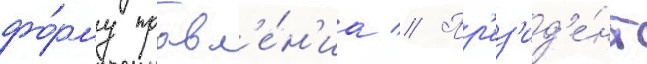
фо́рму правл'е́н'иа // Пр'ез'ид'е́нт